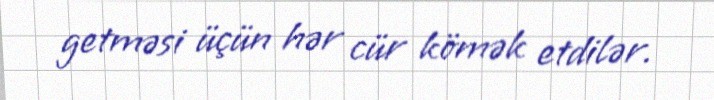
getməsi üçün hər cür kömək etdilər.